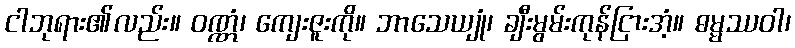
ငါဘုရား၏လည်း။ ဝဏ္ဏံ၊ ကျေးဇူးကို။ ဘာသေယျုံ၊ ချီးမွမ်းကုန်ငြားအံ့။ ဓမ္မဿဝါ၊